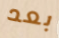
بعد